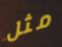
مثل